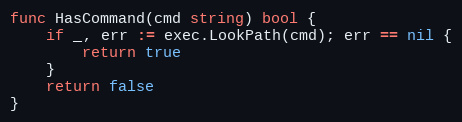
Language: Go
func HasCommand(cmd string) bool {
	if _, err := exec.LookPath(cmd); err == nil {
		return true
	}
	return false
}